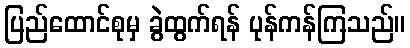
ပြည်ထောင်စုမှ ခွဲထွက်ရန် ပုန်ကန်ကြသည်။